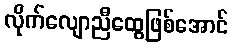
လိုက်လျောညီထွေဖြစ်အောင်